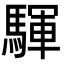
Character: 䮝